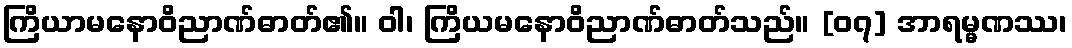
ကြိယာမနောဝိညာဏ်ဓာတ်၏။ ဝါ၊ ကြိယမနောဝိညာဏ်ဓာတ်သည်။ [၀၇] အာရမ္မဏဿ၊